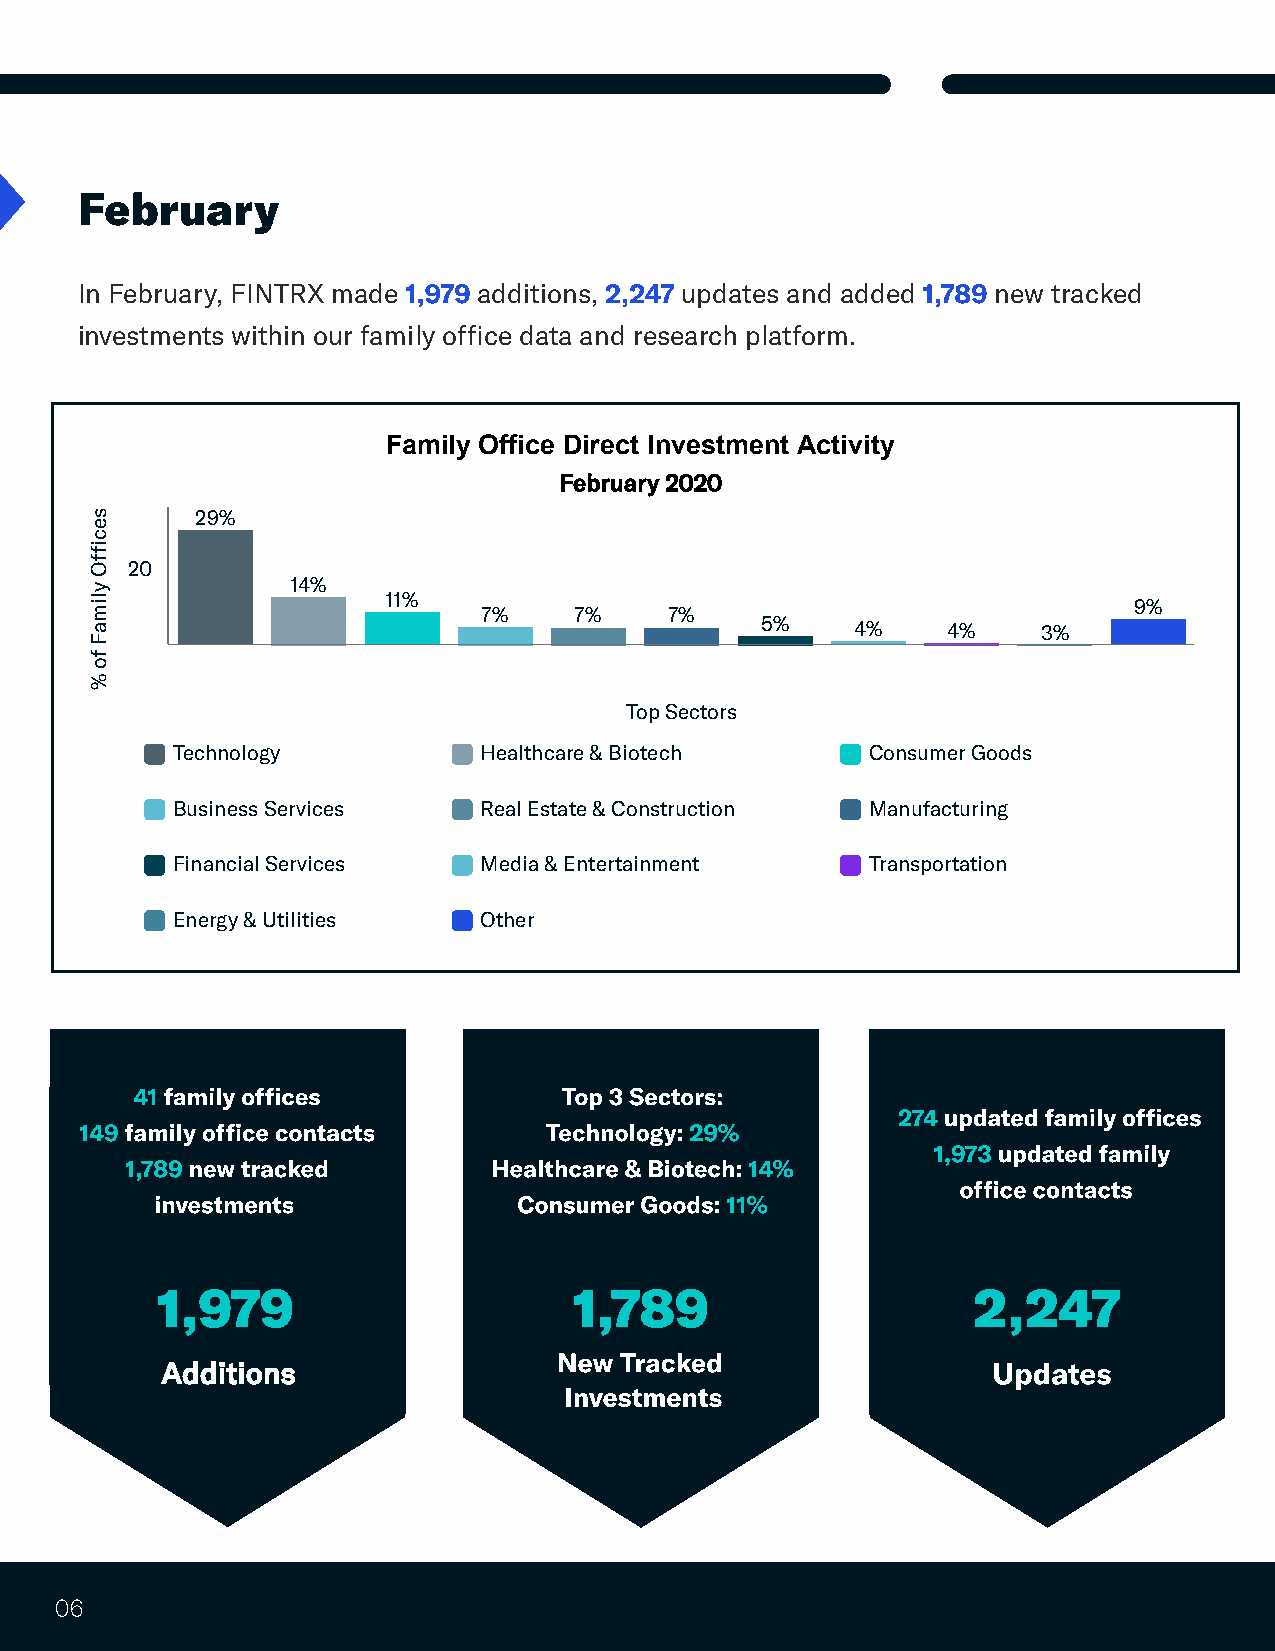
February
 1,979        2,247                1,789
 In February, FINTRX made   additions,   updates and added    new tracked
 investments within our family office data and research platform.
 Family Office Direct Investment Activity
 February 2020
 s      29%
 e
 c
 fi
 f
 O 22 00
 y
 14%
 mil                11%
 7%    7%    7%
 9%
 a                                           5%     4%    4%    3%
 F
 f
 %
 o                                      L
 Top Sectors
 Technology           Healthcare & Biotech      Consumer Goods
 Business Services    Real Estate & Construction Manufacturing
 Financial Services   Media & Entertainment     Transportation
 Energy & Utilities   Other
 41 family offices           Top 3 Sectors:
 274 updated family offices
 149 family office contacts     Technology: 29%
 1,973 updated family
 1,789 new tracked        Healthcare & Biotech: 14%
 office contacts
 investments             Consumer Goods: 11%
 1,979                       1,789                     2,247
 New Tracked
 Updates
 Additions
 Investments
 06